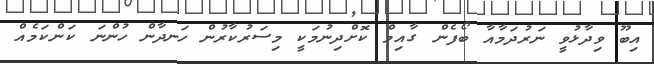
އިބޫ ވިދާޅުވީ ނަރުދަމާއާ ބޯފެން ގާއިމް ކޮށްދިނުމަކީ މިސަރުކާރުން ހަނދާން ހުންނަ ކަންކަމެއް